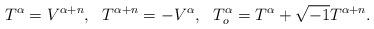
LaTeX: \begin{align*}T^\alpha=V^{\alpha+n},\ \ T^{\alpha+n}=-V^\alpha,\ \ T_o^\alpha=T^\alpha+\sqrt{-1}T^{\alpha+n}.\end{align*}